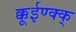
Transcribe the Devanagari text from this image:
क्कूईण्क्क्